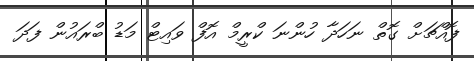
ފޮއްޗަށް ގޮތް ނަހަދާ ހުންނަ ކްރީމް އޮފް ވައިޓް މަޑު ބްރައުން ފަދަ